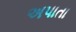
અપાતા